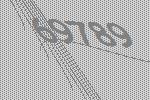
69789